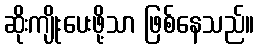
ဆိုးကျိုးပေးဖို့သာ ဖြစ်နေသည်။